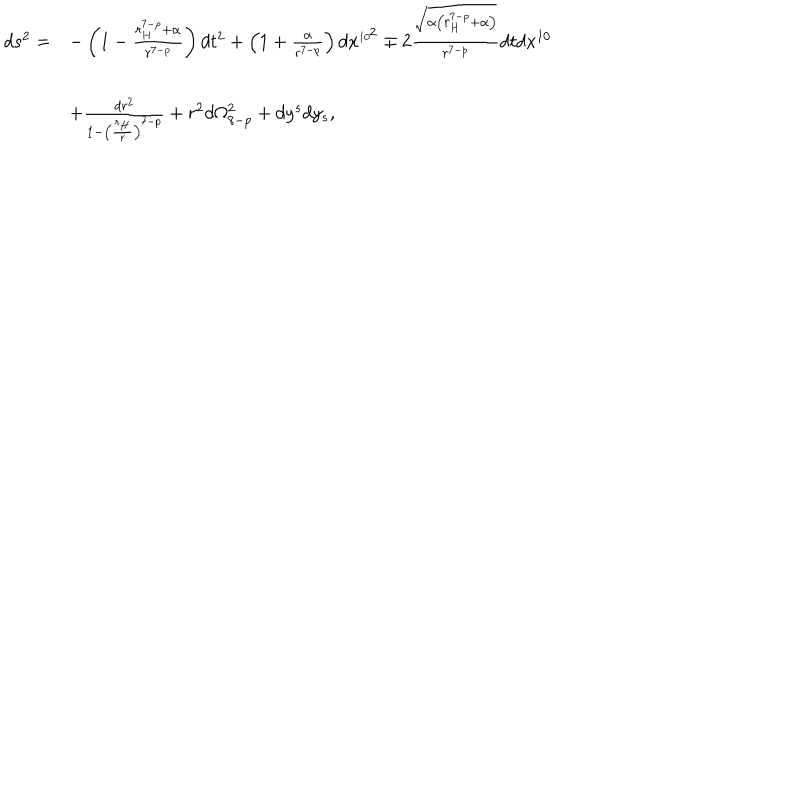
\begin{array} { l l } { { d s ^ { 2 } = } } & { { - \left( 1 - \frac { r _ { H } ^ { 7 - p } + \alpha } { r ^ { 7 - p } } \right) d t ^ { 2 } + \left( 1 + \frac { \alpha } { r ^ { 7 - p } } \right) d x ^ { \scriptscriptstyle { 1 0 } ^ { \scriptstyle { 2 } } } \mp 2 \frac { \sqrt { \alpha \left( r _ { H } ^ { 7 - p } + \alpha \right) } } { r ^ { 7 - p } } d t d x ^ { 1 0 } } } \\ { { } } & { { + \frac { d r ^ { 2 } } { 1 - \left( \frac { r _ { H } } { r } \right) ^ { 7 - p } } + r ^ { 2 } d \Omega _ { 8 - p } ^ { 2 } + d y ^ { s } d y _ { s } , } } \\ \end{array}